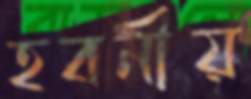
হবনীয়